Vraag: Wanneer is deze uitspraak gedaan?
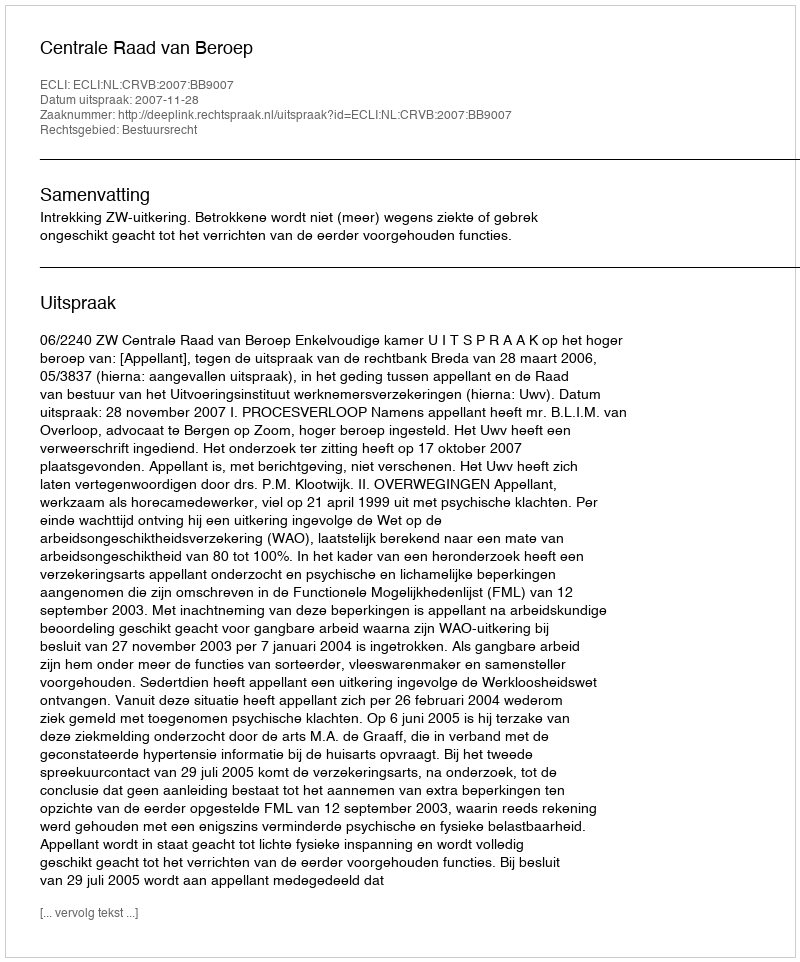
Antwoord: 2007-11-28